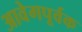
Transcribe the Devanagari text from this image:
आवेगपूर्वक